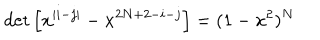
\det \left[ x ^ { | i - j | } - x ^ { 2 N + 2 - i - j } \right] = ( 1 - x ^ { 2 } ) ^ { N }